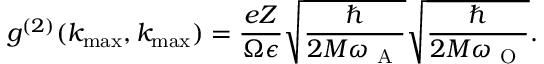
g ^ { ( 2 ) } ( k _ { \operatorname* { m a x } } , k _ { \operatorname* { m a x } } ) = \frac { e Z } { \Omega \epsilon } \sqrt { \frac { \hbar } { 2 M \omega _ { \mathrm { ~ A ~ } } } } \sqrt { \frac { \hbar } { 2 M \omega _ { \mathrm { ~ O ~ } } } } .